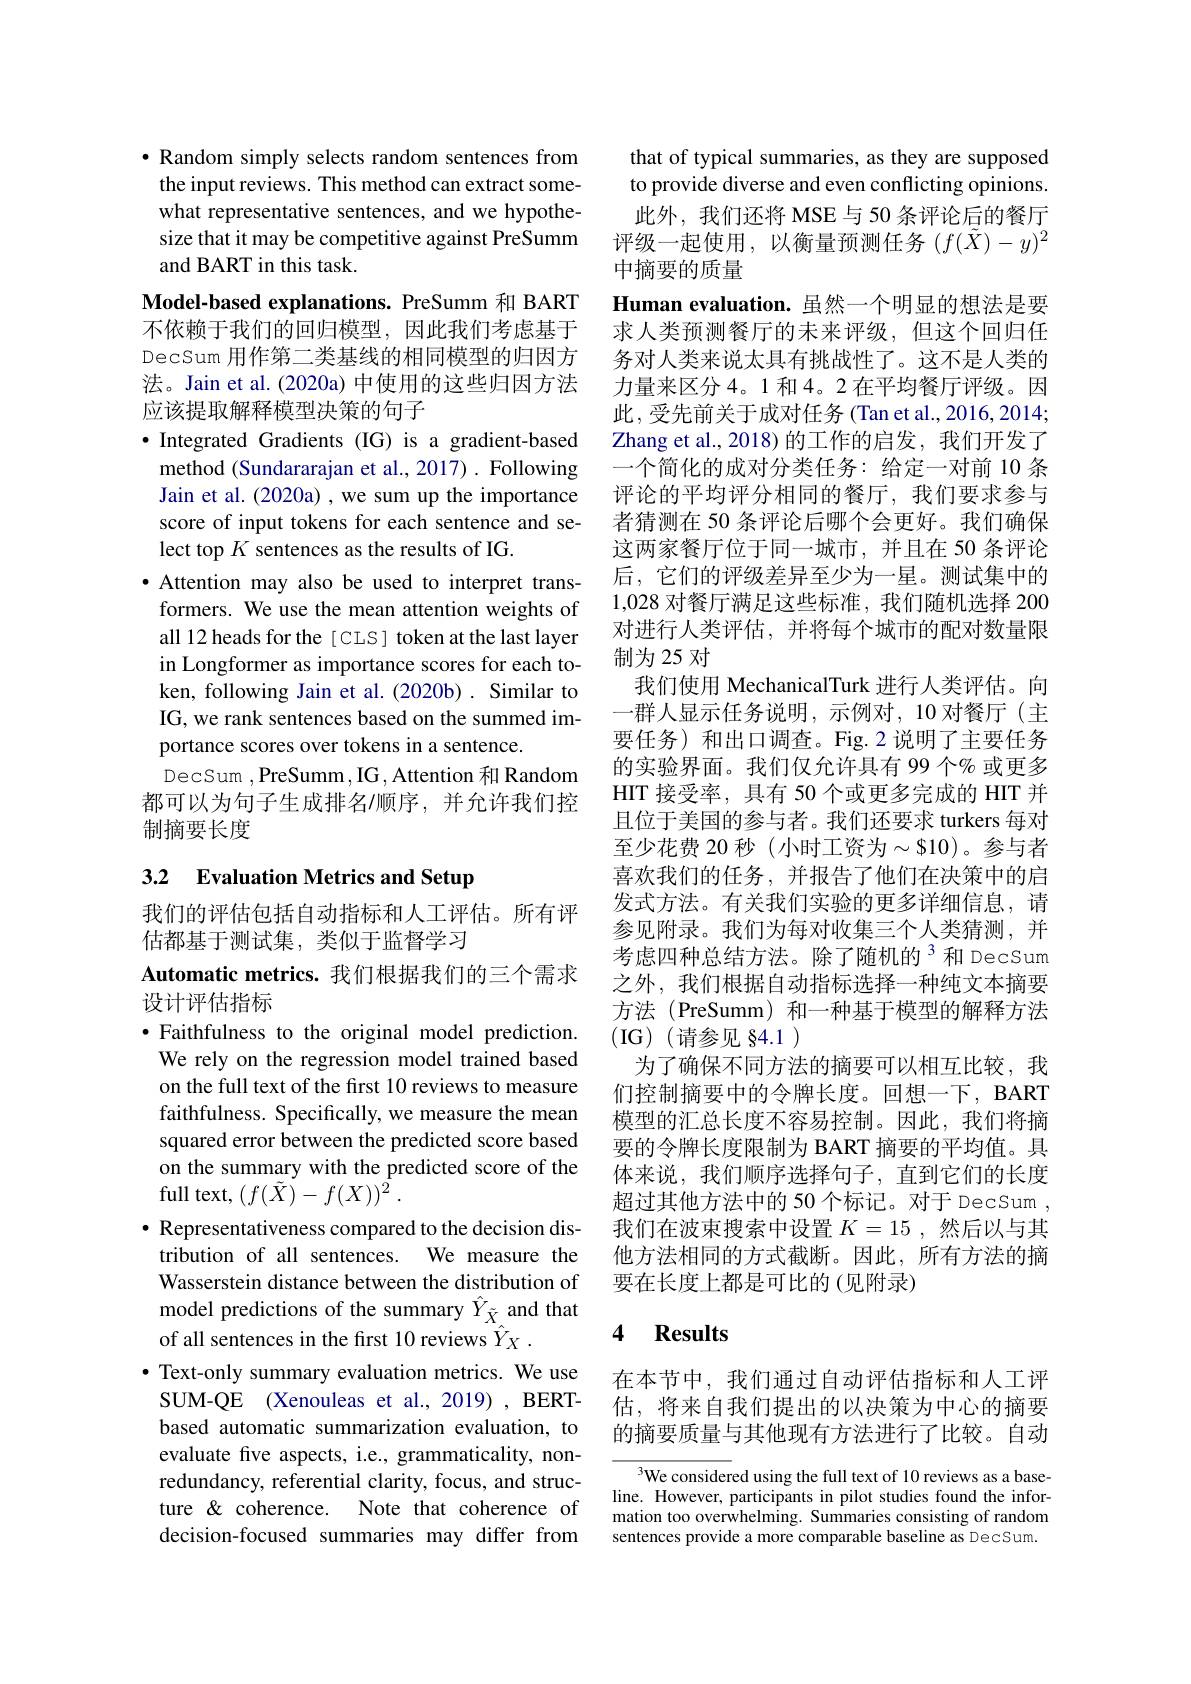
$\bullet$ Random simply selects random sentences from the input reviews. This method can extract somewhat representative sentences, and we hypothesize that it may be competitive against PreSumm and BART in this task.
Model-based explanations. PreSumm 和 BART 不依赖于我们的回归模型，因此我们考虑基于DecSum 用作第二类基线的相同模型的归因方法。Jain et al. (2020a) 中使用的这些归因方法应该提取解释模型决策的句子
·Integrated Gradients (IG) is a gradient-based
method (Sundararajan et al., 2017) . Following Jain et al. (2020a) ,we sum up the importance score of input tokens for each sentence and select top $K$ sentences as the results of IG.
$\bullet$ Attention may also be used to interpret transformers. We use the mean attention weights of all 12 heads for the [ CLS] token at the last layer in Longformer as importance scores for each token, following Jain et al.(2020b). Similar to IG, we rank sentences based on the summed importance scores over tokens in a sentence.
DecSum ,PreSumm ,IG , Attention 和 Random 都可以为句子生成排名/顺序，并允许我们控制摘要长度

# 3.2 Evaluation Metrics and Setup

我们的评估包括自动指标和人工评估。所有评
估都基于测试集，类似于监督学习

Automatic metrics.我们根据我们的三个需求
设计评估指标

$\bullet$ Faithfulness to the original model prediction.
We rely on the regression model trained based on the full text of the first 10 reviews to measure faithfulness. Specifically, we measure the mean squared error between the predicted score based on the summary with the predicted score of the full text, $(f(\tilde{X})-f(X))^{\tilde{2}}.$
$\bullet$ Representativeness compared to the decision distribution of all sentences. We measure the Wasserstein distance between the distribution of model predictions of the summary $\hat{Y}_{\tilde{X}}$ and that of all sentences in the frst 10 reviews $\hat{Y} _X$ .
$\bullet$ Text-only summary evaluation metrics. We use SUM-QE (Xenouleas et al., 2019) , BERTbased automatic summarization evaluation, to evaluate five aspects, i.e., grammaticality, nonredundancy, referential clarity, focus, and structure & coherence. Note that coherence of decision-focused summaries may differ from

that of typical summaries, as they are supposed to provide diverse and even conflicting opinions. 此外，我们还将 MSE 与 50 条评论后的餐厅评级一起使用，以衡量预测任务$(f(\tilde{X})-y)^2$ 中摘要的质量
Human evaluation. 虽然一个明显的想法是要求人类预测餐厅的未来评级，但这个回归任务对人类来说太具有挑战性了。这不是人类的力量来区分 4。1 和 4。2 在平均餐厅评级。因此，受先前关于成对任务(Tan et al.,2016,2014; Zhang et al.,2018)的工作的启发，我们开发了一个简化的成对分类任务：给定一对前 10 条评论的平均评分相同的餐厅，我们要求参与者猜测在 50 条评论后哪个会更好。我们确保这两家餐厅位于同一城市，并且在 50 条评论后，它们的评级差异至少为一星。测试集中的1,028对餐厅满足这些标准，我们随机选择 200对进行人类评估，并将每个城市的配对数量限制为25 对
我们使用 MechanicalTurk 进行人类评估。向一群人显示任务说明，示例对，10 对餐厅(主要任务)和出口调查。Fig.2说明了主要任务的实验界面。我们仅允许具有 99 个% 或更多HIT 接受率，具有 50 个或更多完成的 HIT 并且位于美国的参与者。我们还要求 turkers 每对至少花费 20 秒(小时工资为$\sim\$10)$。参与者喜欢我们的任务，并报告了他们在决策中的启发式方法。有关我们实验的更多详细信息，请参见附录。我们为每对收集三个人类猜测，并考虑四种总结方法。除了随机的$^{3}$和 DecSum 之外，我们根据自动指标选择一种纯文本摘要方法(PreSumm)和一种基于模型的解释方法(IG)(请参见 §4.1)
为了确保不同方法的摘要可以相互比较，我们控制摘要中的令牌长度。回想一下，BART 模型的汇总长度不容易控制。因此，我们将摘要的令牌长度限制为 BART 摘要的平均值。具体来说，我们顺序选择句子，直到它们的长度超过其他方法中的 50 个标记。对于 DecSum , 我们在波束搜索中设置$K=15$,然后以与其他方法相同的方式截断。因此，所有方法的摘要在长度上都是可比的(见附录)

## 4 Results

在本节中，我们通过自动评估指标和人工评估，将来自我们提出的以决策为中心的摘要的摘要质量与其他现有方法进行了比较。自动

We considered using the full text of 10 reviews as a baseline. However, participants in pilot studies found the information too overwhelming. Summaries consisting of random sentences provide a more comparable baseline as DecSum.